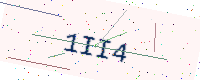
Text: 1II4